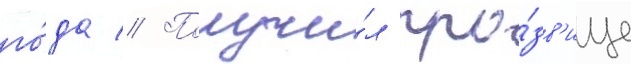
го́да // Получи́л про́зв'ище